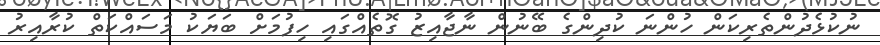
ނުކުޅެދުންތެރިކަން ހުންނަ ކުދިންގެ ބޭނުން ނާޖާއިޒު ގޮތެއްގައި ހިފުމަށް ބަޔަކު މަސައްކަތް ކުރާއިރު